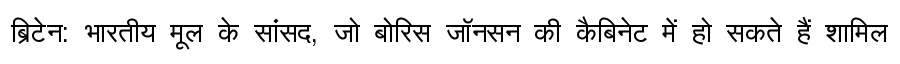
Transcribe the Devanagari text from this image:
ब्रिटेन: भारतीय मूल के सांसद, जो बोरिस जॉनसन की कैबिनेट में हो सकते हैं शामिल